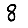
Digit: 8